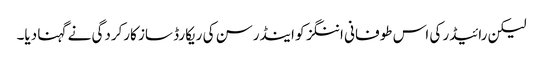
لیکن رائیڈر کی اس طوفانی اننگز کو اینڈرسن کی ریکارڈ ساز کارکردگی نے گہنا دیا۔